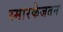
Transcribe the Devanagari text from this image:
स्मारकेजतन